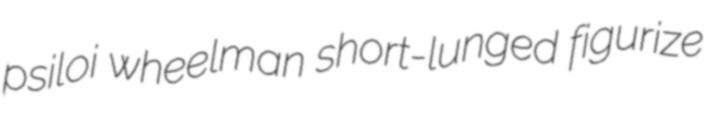
psiloi wheelman short-lunged figurize